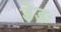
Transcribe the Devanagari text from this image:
डेडः